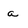
Character: a